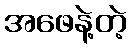
အဖေနဲ့တဲ့